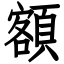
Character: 額